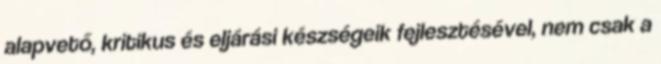
alapvető, kritikus és eljárási készségeik fejlesztésével, nem csak a